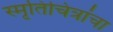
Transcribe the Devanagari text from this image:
स्मृतिचित्रांचा